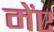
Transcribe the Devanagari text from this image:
मेंए